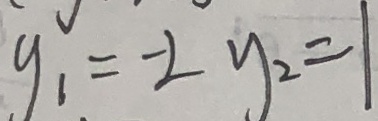
y _ { 1 } = - 2 y _ { 2 } = 1